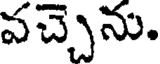
వచ్చెను.